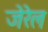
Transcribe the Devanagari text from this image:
जेरेल